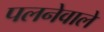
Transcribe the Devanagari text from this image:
पलनेवाले